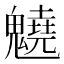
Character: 䰫